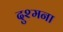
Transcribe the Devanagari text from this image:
दुश्मना